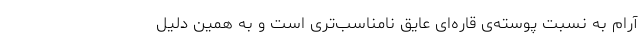
آرام به نسبت پوسته‌ی قاره‌ای عایق نامناسب‌تری‌ است و به همین دلیل